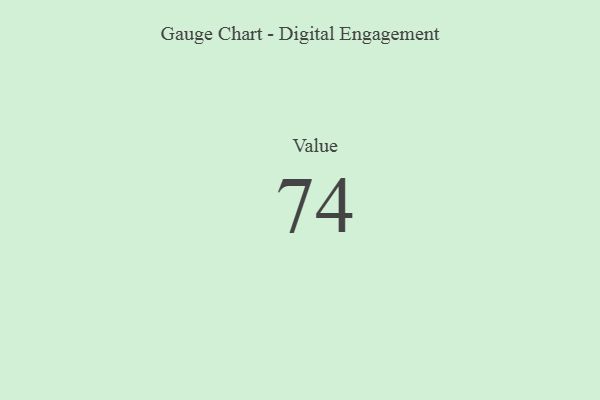
{"axis": {"x": "Metric", "y": "Value"}, "legend": [""], "data": [{"x": "Value", "y": 74, "type": ""}]}